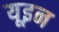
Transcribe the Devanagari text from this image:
यूइन